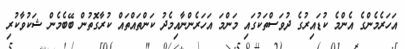
އަހަރެމެންގެ އެންމެ ކުޑައިރުގެ ދުވަސްތަކުގައި މަންމަ އަހަރެންނާއިމެދު ކަންތައްތައް ކުރާގޮތުން ބޭބެމެން ޝަކުވާކުރި